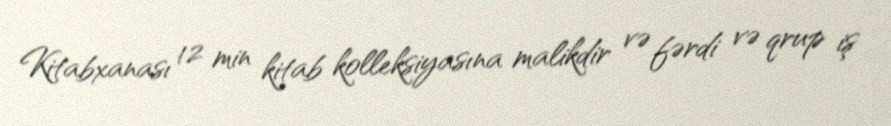
Kitabxanası 12 min kitab kolleksiyasına malikdir və fərdi və qrup iş